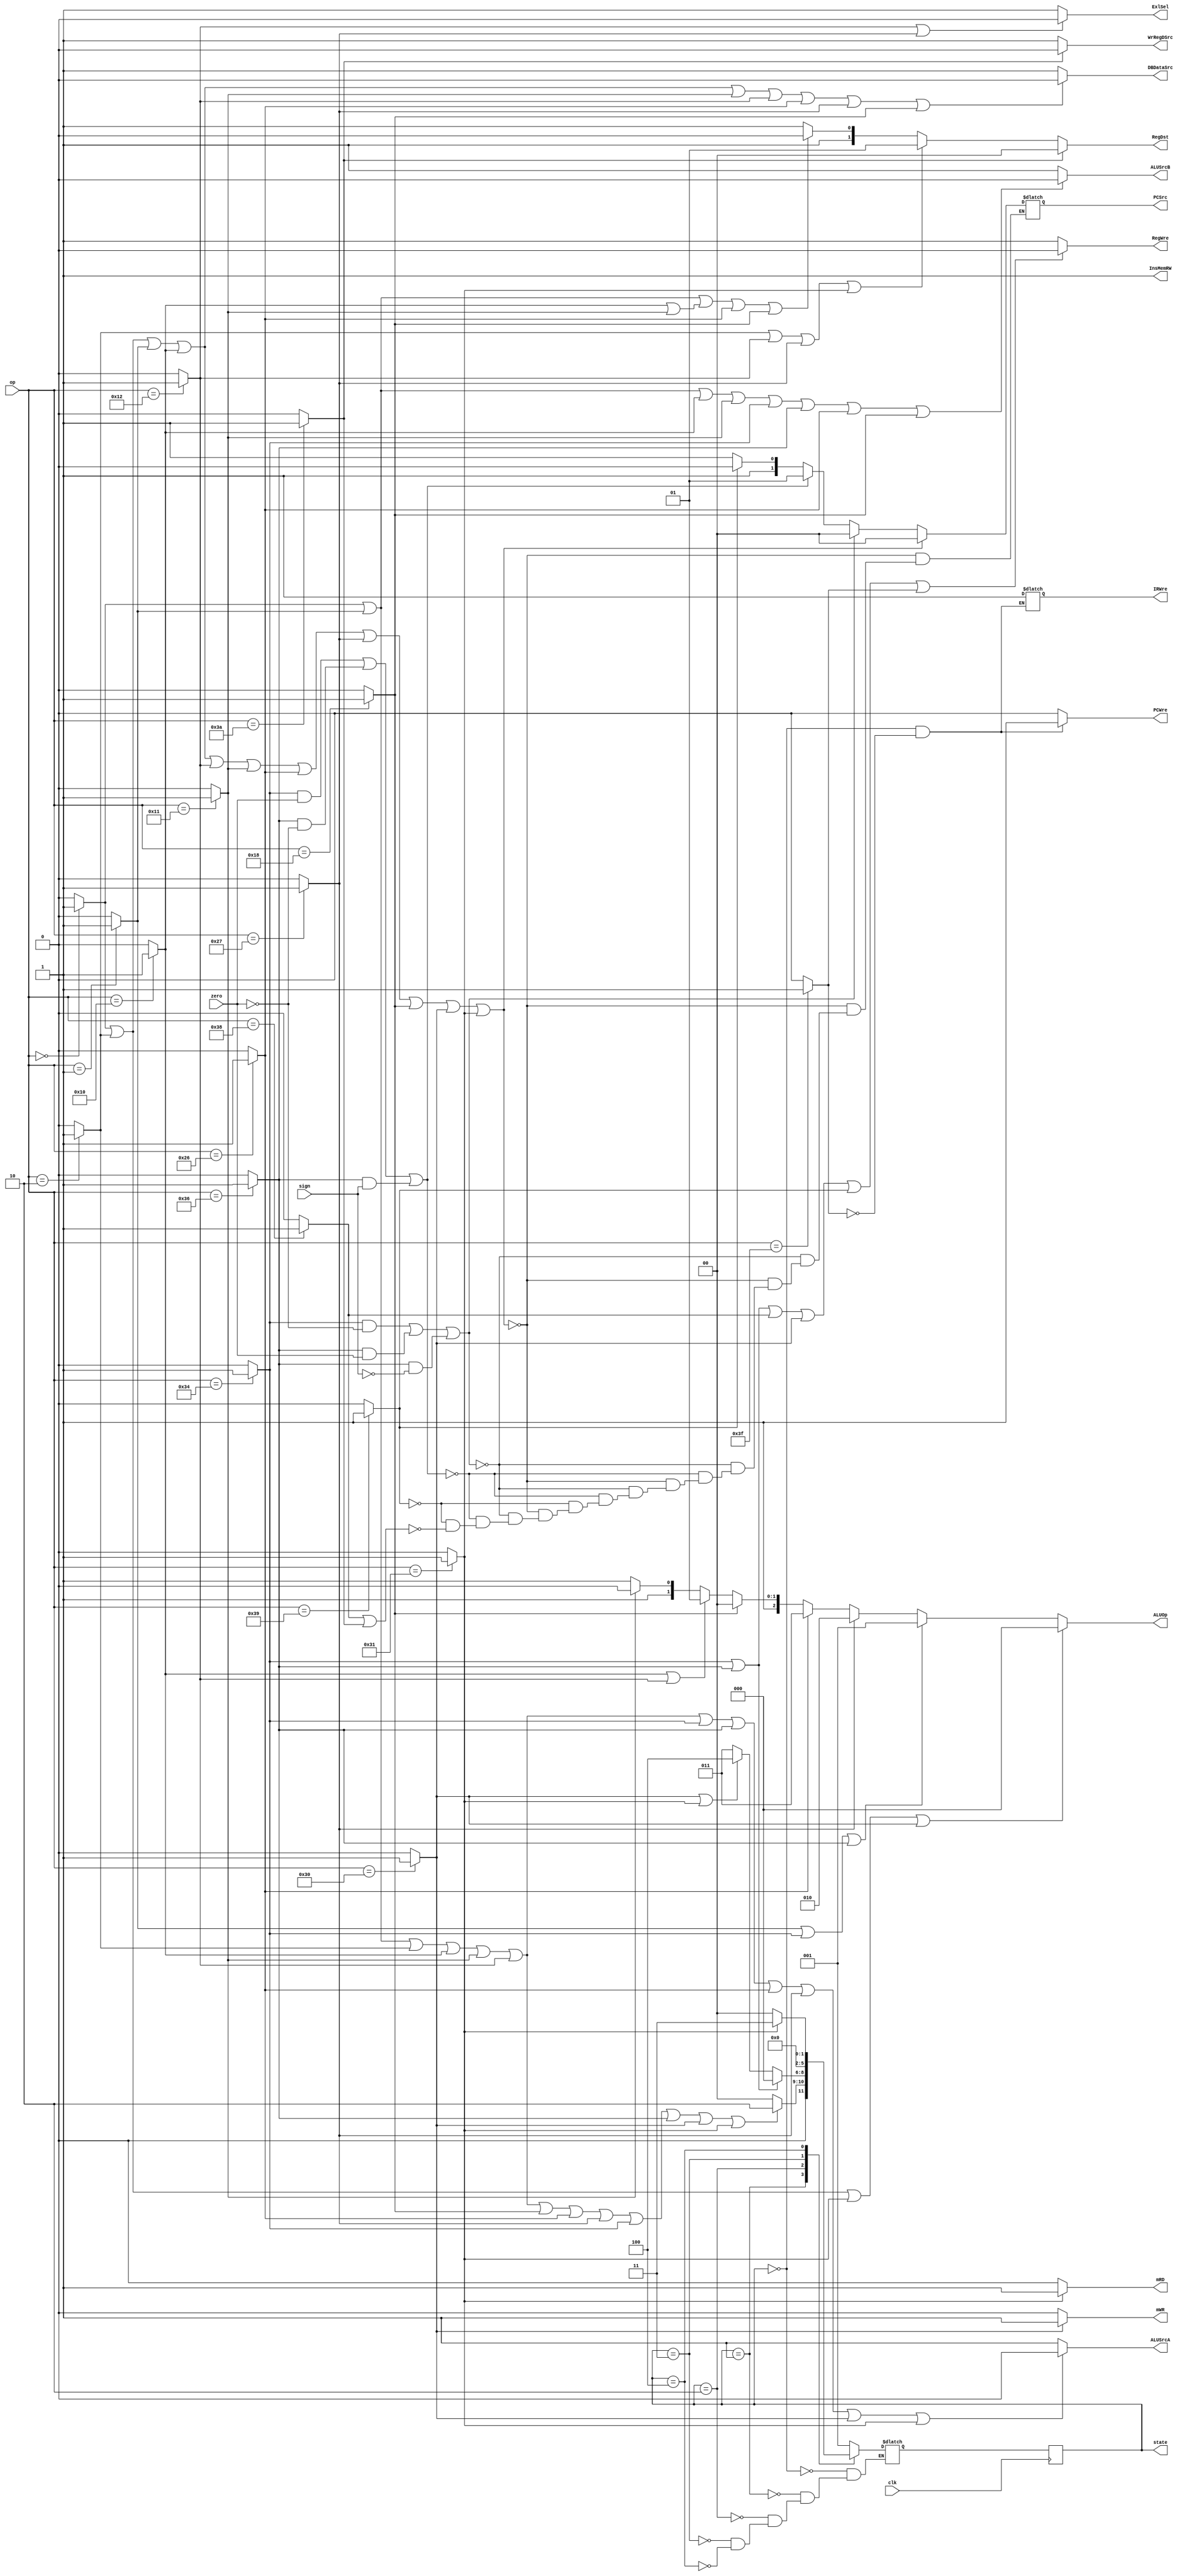
module ControlUnit(clk,op,zero,sign,PCWre,ALUSrcA,ALUSrcB,DBDataSrc,RegWre,
WrRegDSrc,InsMemRW,mRD,mWR,IRWre,RegDst,ExlSel,PCSrc,ALUOp,state);
input clk;
input [5:0] op;
input zero;
input sign;
output reg PCWre,ALUSrcA,ALUSrcB,DBDataSrc,RegWre,InsMemRW,mRD,mWR,
ExlSel,WrRegDSrc,IRWre;
output reg [1:0] RegDst;
output reg [1:0] PCSrc;
output reg [2:0] ALUOp;
output reg [2:0] state;
reg [2:0] next_state;
wire add, sub, addi, _or, _and, _ori, sll, slt, sltiu, sw, lw, beq, bltz, j, jr,
jal, halt;
assign add = (op == 6'b000000) ? 1 : 0;
assign sub = (op == 6'b000001) ? 1 : 0;
assign addi = (op == 6'b000010) ? 1 : 0;
assign _or = (op == 6'b010000) ? 1 : 0;
assign _and = (op == 6'b010001) ? 1 : 0;
assign _ori = (op == 6'b010010) ? 1 : 0;
assign sll = (op == 6'b011000) ? 1 : 0;
assign slt = (op == 6'b100110) ? 1 : 0;
assign sltiu = (op == 6'b100111) ? 1 : 0;
assign sw = (op == 6'b110000) ? 1 : 0;
assign lw = (op == 6'b110001) ? 1 : 0;
assign beq = (op == 6'b110100) ? 1 : 0;
assign bltz = (op == 6'b110110) ? 1 : 0;
assign j = (op == 6'b111000) ? 1 : 0;
assign jr = (op == 6'b111001) ? 1 : 0;
assign jal = (op == 6'b111010) ? 1 : 0;
assign halt = (op == 6'b111111) ? 1 : 0;

initial begin
  PCWre = 0;
  ALUSrcA = 0;
  ALUSrcB = 0;
  ALUOp = 3'b000;
  DBDataSrc = 0;
  RegWre = 0;
  InsMemRW = 0;
  mRD = 0;
  mWR = 0;
  RegDst = 0;
  ExlSel = 0;
  WrRegDSrc = 0;
  IRWre = 0;
  PCSrc = 2'b00;
  state = 3'b000;
  next_state = 3'b001;
end
always @(posedge clk) begin
    state <= next_state;
end
always @(state or op) begin
  case(state)
    3'b000: next_state = 3'b001;
	3'b001: begin
	  if (add || sub || addi || _or || _and || _ori || sll || slt || sltiu || beq
	  || bltz || sw || lw) begin
	    next_state = 3'b010;
	  end
	  else begin
	    next_state = 3'b000;
	  end
	end
	3'b010: begin
	  if (beq || bltz) begin
	  	next_state = 3'b000;
	  end
	  else if (sw || lw) begin
	  	next_state = 3'b100;
	  end
	  else begin
	  	next_state = 3'b011;
	  end
	end
	3'b011: next_state = 3'b000;
	3'b100: begin
	  if (lw) begin
	    next_state = 3'b011;
	  end
	  else begin
	  	next_state = 3'b000;
	  end
	end
  endcase
end
always @(state) begin
  if (state == 3'b000 && !halt) begin
    PCWre = 1;
	  IRWre = 1;
  end
  else 
    PCWre = 0;
  InsMemRW = 1;
  if (add || sub || addi || _or || _and || _ori || beq || bltz || slt || sltiu || sw || lw)
    ALUSrcA = 0;
  else 
    ALUSrcA = 1;
  if (add || sub || _or || _and || beq || bltz || slt || sll) 
    ALUSrcB = 0;
  else
    ALUSrcB = 1;
  if (add || addi || sub || _or || _and || _ori || slt || sltiu || sll)
	  DBDataSrc = 0;
  else 
	DBDataSrc = 1;
  if (beq || bltz || j || sw || jr || halt)
    RegWre = 0;
  else 
	RegWre = 1;
  if (jal)
    WrRegDSrc = 0;
  else 
	WrRegDSrc = 1;
  if (lw)
    mRD = 1;
  else 
    mRD = 0;
  if (sw)
    mWR = 1;
  else
    mWR = 0;
  if (_ori || sltiu)
    ExlSel = 0;
  else
    ExlSel = 1;
  if (add || addi || sub || _or || _ori || _and || slt || sltiu || sll || sw || lw)
    PCSrc = 2'b00;
  else if ((beq && zero == 0) || (bltz && zero == 1) || (bltz && sign == 0))
	  PCSrc = 2'b00;
  else if ((beq && zero == 1) || (bltz && zero == 0) || (bltz && sign == 1))
	  PCSrc = 2'b01;
  else if (jr)
	  PCSrc = 2'b10;
  else if(j || jal)
    PCSrc = 2'b11;
  if (jal)
    RegDst = 2'b00;
  else if (addi || _ori || sltiu || lw)
    RegDst = 2'b01;
  else if (add || sub || _or | _and || slt || sll)
    RegDst = 2'b10;
  else
    RegDst = 2'b11;
  if (add || addi || lw || sw)
    ALUOp = 3'b000;
  else if (sub || beq || bltz)
    ALUOp = 3'b001;
  else if (sltiu)
    ALUOp = 3'b010;
  else if (slt)
    ALUOp = 3'b011;
  else if (sll)
	  ALUOp = 3'b100;
  else if (_or || _ori)
    ALUOp = 3'b101;
  else if (_and)
    ALUOp = 3'b110;
  else
    ALUOp = 3'b111;
end
endmodule